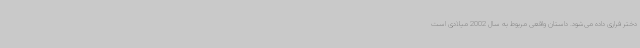
دختر فراری داده می‌شود. داستان واقعی مربوط به سال 2002 میلادی است